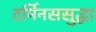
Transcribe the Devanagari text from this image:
टर्मिनससुद्धा